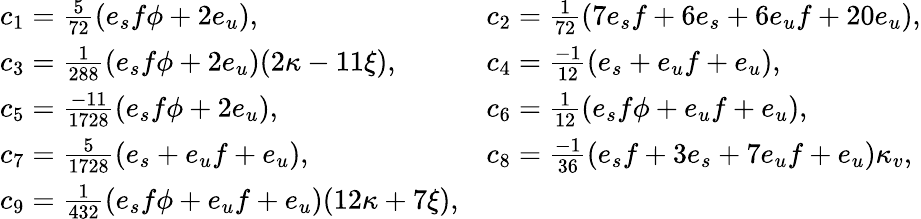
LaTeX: \begin{array}{ll}{{c_{1}={\frac{5}{72}}(e_{s}f\phi+2e_{u}),}}&{{c_{2}={\frac{1}{72}}(7e_{s}f+6e_{s}+6e_{u}f+20e_{u}),}}\\ {{c_{3}={\frac{1}{288}}(e_{s}f\phi+2e_{u})(2\kappa-11\xi),}}&{{c_{4}={\frac{-1}{12}}(e_{s}+e_{u}f+e_{u}),}}\\ {{c_{5}={\frac{-11}{1728}}(e_{s}f\phi+2e_{u}),}}&{{c_{6}={\frac{1}{12}}(e_{s}f\phi+e_{u}f+e_{u}),}}\\ {{c_{7}={\frac{5}{1728}}(e_{s}+e_{u}f+e_{u}),}}&{{c_{8}={\frac{-1}{36}}(e_{s}f+3e_{s}+7e_{u}f+e_{u})\kappa_{v},}}\\ {{c_{9}={\frac{1}{432}}(e_{s}f\phi+e_{u}f+e_{u})(12\kappa+7\xi),}}\end{array}